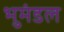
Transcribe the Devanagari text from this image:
भुमंडल